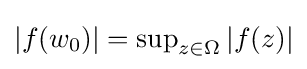
{\textstyle |f(w_{0})|=\sup _{z\in \Omega }|f(z)|}